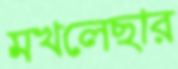
মখলেছার